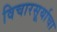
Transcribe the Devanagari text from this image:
विचारसूर्याचा